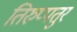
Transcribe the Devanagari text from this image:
तिरुप्पतुर